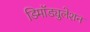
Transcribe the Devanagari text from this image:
डिमॉड्युलेशन